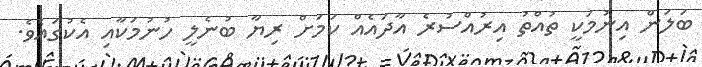
ބަލަން އިނުމަކީ ތުއްތު އިރުއްސުރެ އާދައެއް ކަމަށް ރިޔާ ބުނެލީ ހުނުމަކާއި އެކުގައެވެ.